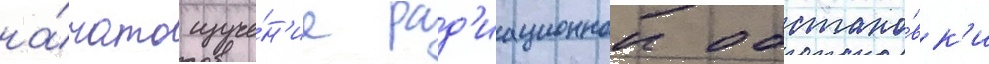
на́чато изуче́н'ие рад'иационнои обстано́вк'и